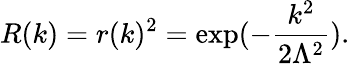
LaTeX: R(k)=r(k)^{2}=\exp(-\frac{k^{2}}{2\Lambda^{2}}).